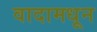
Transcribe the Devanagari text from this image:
वादामधून